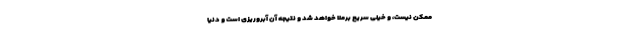
ممکن نیست، و خیلی سریع برملا خواهد شد و نتیجه آن آبروریزی است و دنیا